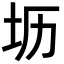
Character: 坜